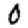
Digit: 0